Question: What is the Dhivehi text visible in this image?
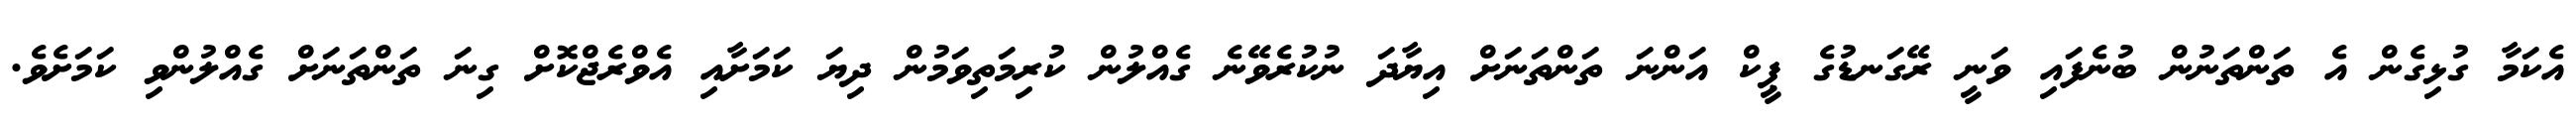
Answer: އެކަމާ ގުޅިގެން އެ ތަންތަނުން ބުނެފައި ވަނީ ރޭގަނޑުގެ ޕީކް އަންނަ ތަންތަނަށް އިޔާދަ ނުކުރެވޭނެ ގެއްލުން ކުރިމަތިވަމުން ދިޔަ ކަމަށާއި އެވްރެޖްކޮށް ގިނަ ތަންތަނަށް ގެއްލުންވި ކަމަށެވެ.